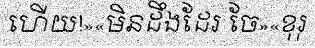
ហើយ!»«មិនដឹងដែរ ចែ»«ខុរុ